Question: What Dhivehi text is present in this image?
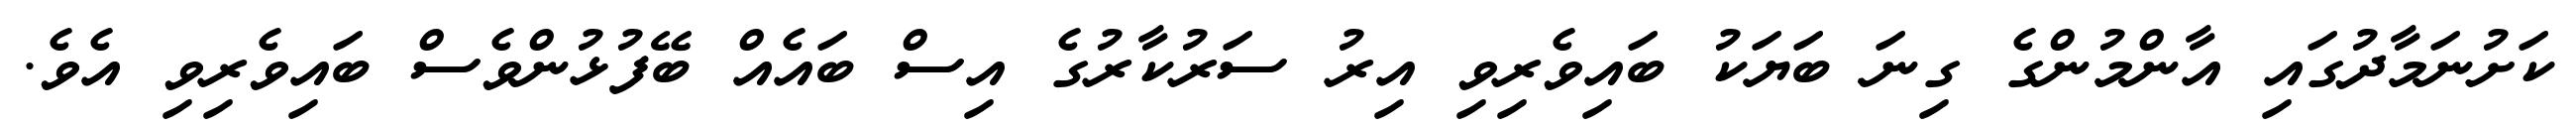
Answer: ކަށުނަމާދުގައި އާންމުންގެ ގިނަ ބަޔަކު ބައިވެރިވި އިރު ސަރުކާރުގެ އިސް ބައެއް ބޭފުޅުންވެސް ބައިވެރިވި އެވެ.